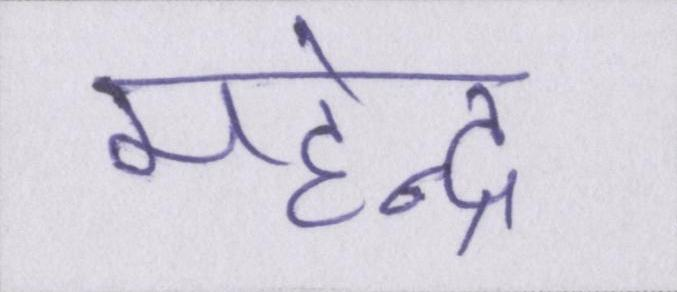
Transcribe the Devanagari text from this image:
महेन्द्र